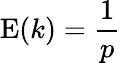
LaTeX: \operatorname{E}(k)={\frac{1}{p}}